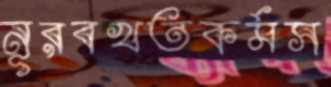
নূরবখতকর্মস